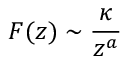
F ( z ) \sim { \frac { \kappa } { z ^ { a } } }